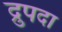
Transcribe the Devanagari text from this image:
द्रुपदा